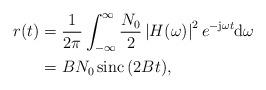
LaTeX: \begin{align*}r(t)&=\frac{1}{2\pi}\int_{-\infty}^{\infty} \frac{N_{0}}{2} \left| H(\omega) \right|^2 e^{-{\rm j}\omega t}{\rm d}\omega\\&=B N_0 \operatorname{sinc}{(2Bt)},\end{align*}